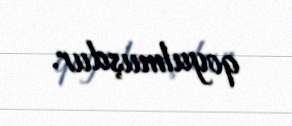
qoyulmuşdur.